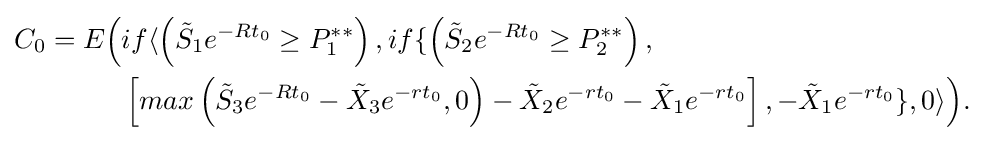
{\begin{alignedat}{2}C_{0}=E{\Bigl (}&if\langle \left({\tilde {S}}_{1}e^{-Rt_{0}}\geq P_{1}^{**}\right),if\lbrace \left({\tilde {S}}_{2}e^{-Rt_{0}}\geq P_{2}^{**}\right),\\&\left[max\left({\tilde {S}}_{3}e^{-Rt_{0}}-{\tilde {X}}_{3}e^{-rt_{0}},0\right)-{\tilde {X}}_{2}e^{-rt_{0}}-{\tilde {X}}_{1}e^{-rt_{0}}\right],-{\tilde {X}}_{1}e^{-rt_{0}}\rbrace ,0\rangle {\Bigr )}.\end{alignedat}}